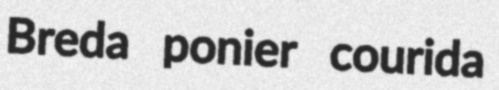
Breda ponier courida